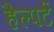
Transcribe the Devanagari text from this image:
हैल्पर्ट